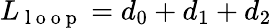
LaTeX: L_{\mathrm{~l~o~o~p~}}=d_{0}+d_{1}+d_{2}